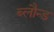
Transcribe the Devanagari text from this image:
ब्लौन्ड